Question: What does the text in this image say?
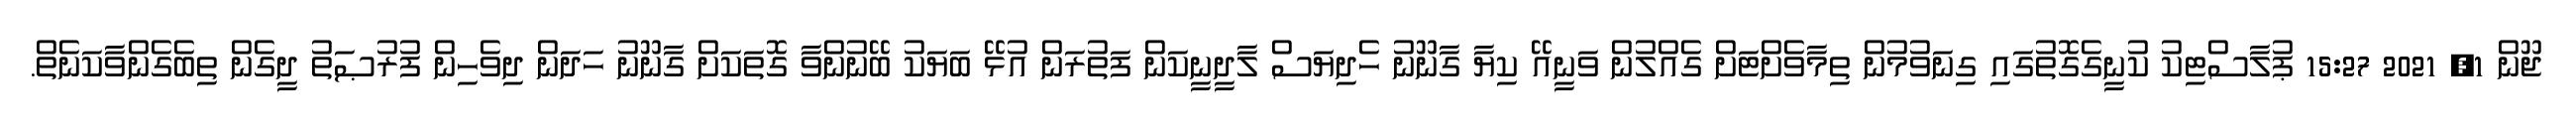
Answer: ޖޫން 1, 2021 15:27 ޕުލާސްޓިކު ކުނީގެގޮތުގައި ގިނަވުމުން ތިމާވެށްޓަށް ގެއްލުން ވަނީއޭ ކިޔާ ގާނޫނު ހެދިޔަސް ލާދީނީކަން ފަތުރަން އުޅޭ ބަޔަކު ބޭނުންވާ ގޮތަކަށް ގާނޫނު ހަދަން ދިވެހިން ފުރުޞަތު ދީގެން ތިބެގެންވާކަނެތް.